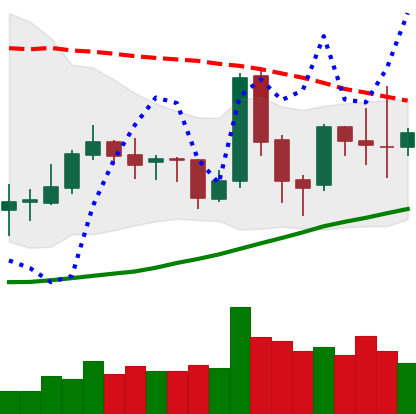
Ticker: TRX-USD
Chart end date: 2019-03-31
Forward return: 15.797%
Label: up_7plus